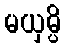
မယှမ္ပိ